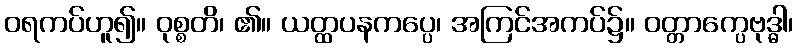
ဝရကပ်ဟူ၍။ ဝုစ္စတိ၊ ၏။ ယတ္ထပနကပ္ပေ၊ အကြင်အကပ်၌။ ဝတ္တာက္ပေဗုဒ္ဓါ၊